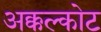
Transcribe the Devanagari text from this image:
अक्कल्कोट